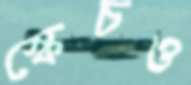
স্কেচও